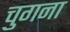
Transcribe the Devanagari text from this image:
चुगना